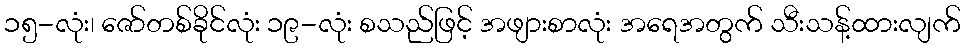
၁၅-လုံး၊ ဇော်တစ်ခိုင်လုံး ၁၉-လုံး စသည်ဖြင့် အဖျားစာလုံး အရေအတွက် သီးသန့်ထားလျက်